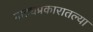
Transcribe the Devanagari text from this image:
नाट्यप्रकारातल्या